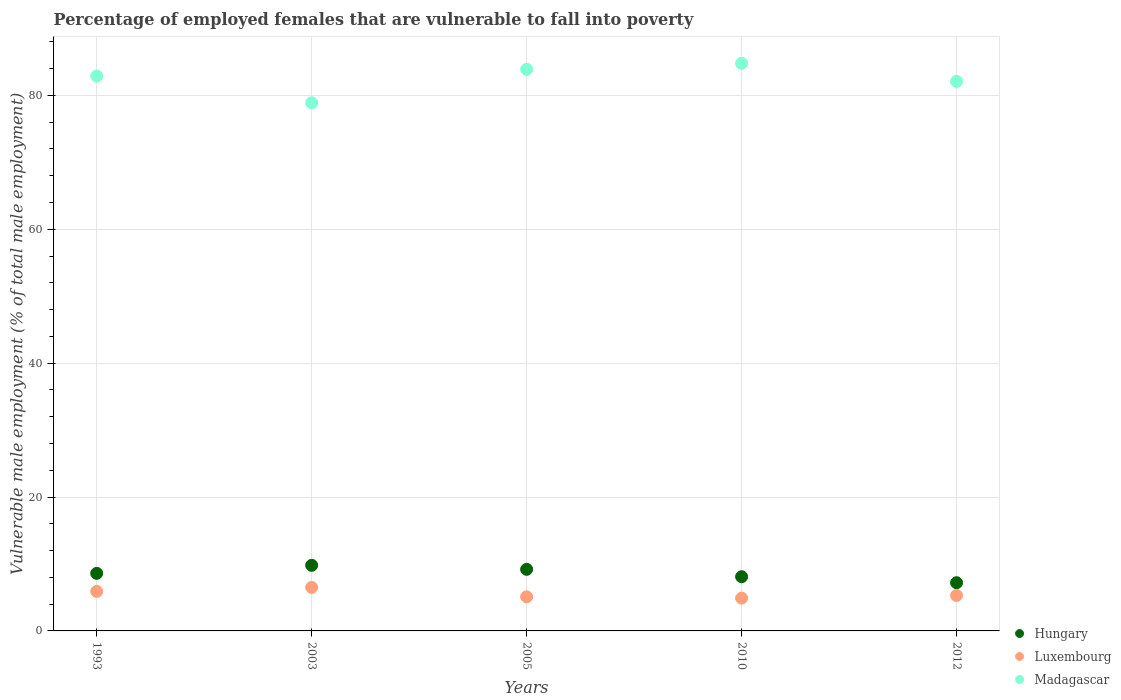
| Years | Hungary | Luxembourg | Madagascar |
 | --- | --- | --- | --- |
 | 1993 | 8.6 | 5.9 | 82.9 |
 | 2003 | 9.8 | 6.5 | 78.9 |
 | 2005 | 9.2 | 5.1 | 83.9 |
 | 2010 | 8.1 | 4.9 | 84.8 |
 | 2012 | 7.2 | 5.3 | 82.1 |